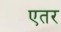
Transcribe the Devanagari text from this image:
एतर